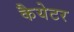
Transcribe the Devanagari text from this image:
कैयेटर